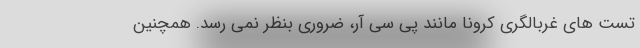
تست های غربالگری کرونا مانند پی سی آر، ضروری بنظر نمی رسد. همچنین